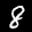
Label: 8